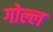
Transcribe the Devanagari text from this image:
गोल्ल